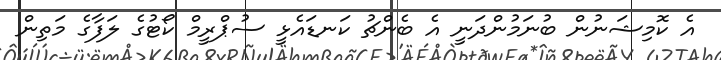
އެ ކޮމިޝަނުން ބުނަމުންދަނީ އެ ބެންޗު ކަނޑައެޅީ ސުޕްރީމް ކޯޓުގެ ލަފާގެ މަތިން